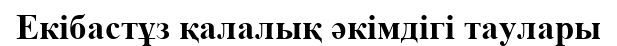
Екібастұз қалалық әкімдігі таулары